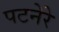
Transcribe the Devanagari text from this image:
पटनेरे